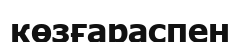
көзғараспен